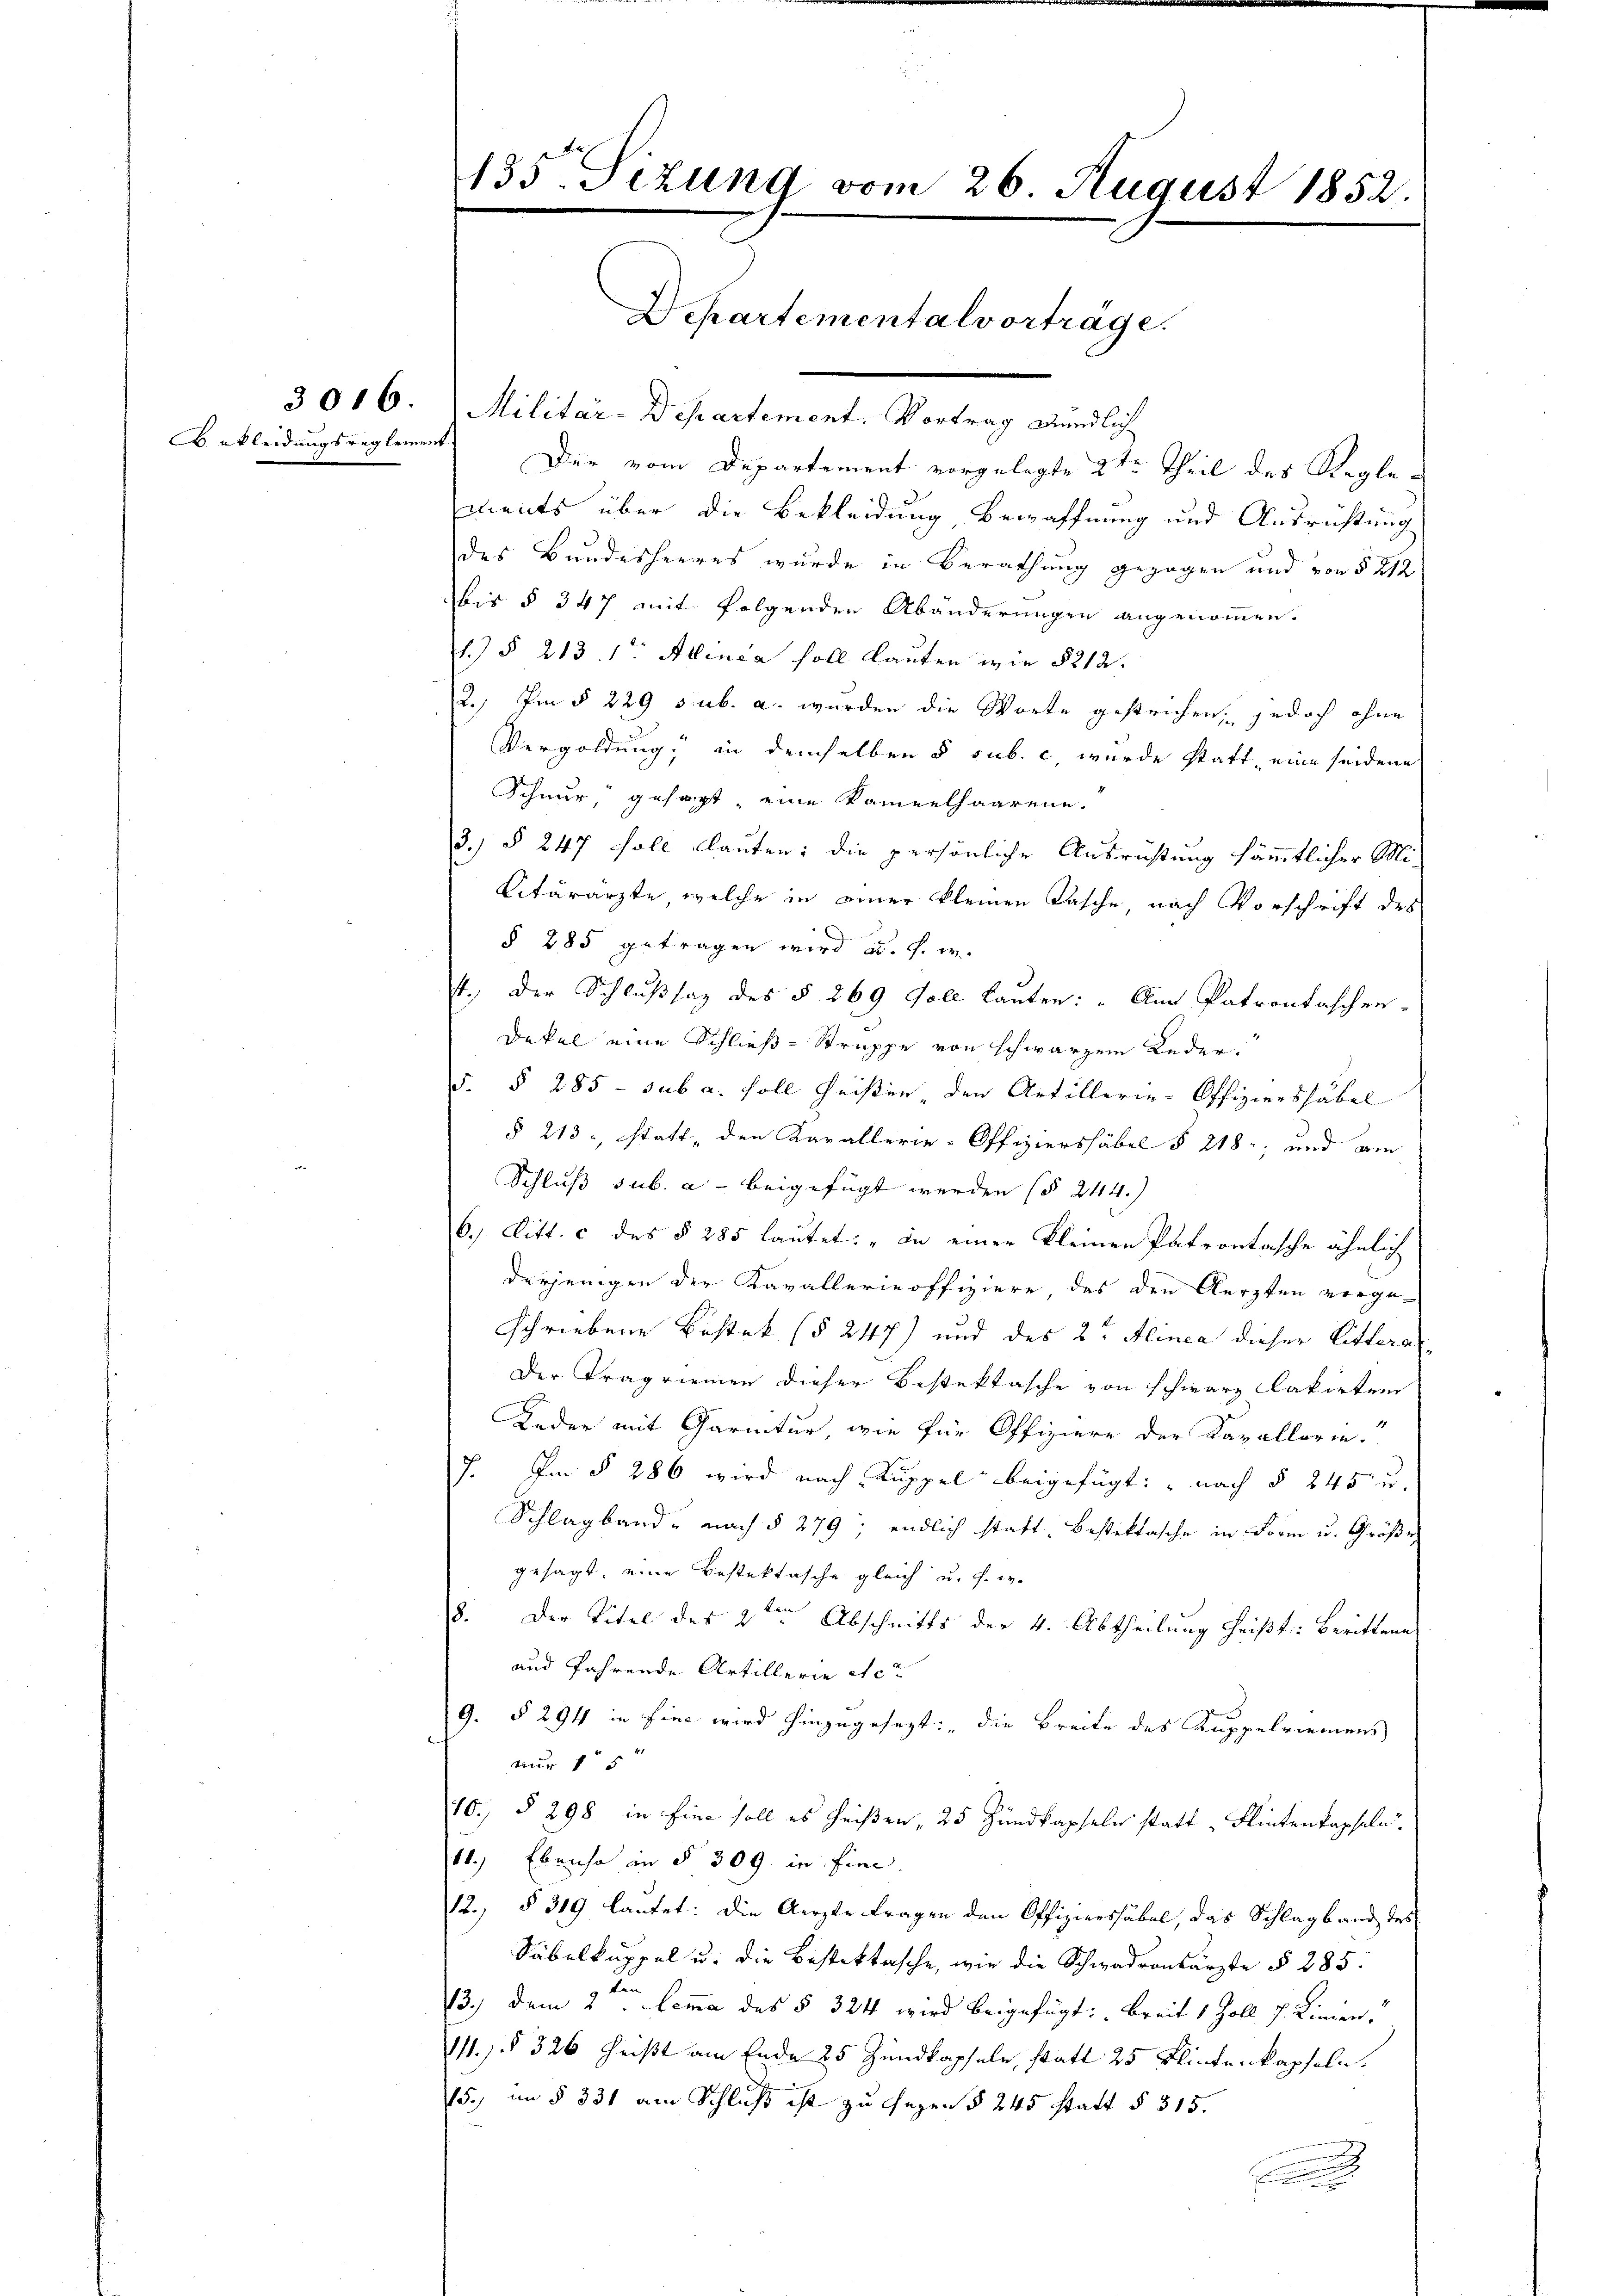
3016.

135. Sizung vom 26. August 1852.
Dchartementalvorträge.

Militär-Departement. Vortrag endlich
Bekleidungsreglement Der vom Departement vorgelegte 2ten Theil des Reglements über die Bekleidung, Bewaffnung und Ausrichtung
des Bundesheeres wurde in Berathung gezogen und von § 212
wir § 347 mit folgenden Abänderungen angenommen.
1) § 213. 1. Allenia soll lauten wie § 212.
2.) Im § 229 sub. a. wurden die Worte gestrichen, jedoch ohne
Vergoldung, in demselben § sub. c, wurde statt, eine seidene
Schnur, gesagt, eine Kammelhaaren.
3. § 247 soll lauten; die persönliche Ausrichtung sämmtlicher Mi¬
Citärarzte, welche in einer kleinen Tasche, nach Vorschrift des
§ 285 getragen wird a. f. w.
4. Der Schlußsaz des § 269 foll lauten: „An Patrontaschen-
Dekel eine Schließ-Struppe von schwarzen Leder¬
5. § 285 - sub a. soll heisten den Artillerie-Offiziershäbel
§ 213, statt, den Kavallerie-Offiziershäbel § 218; und am
Schluß sub. a beigefügt werden (§ 244.
6. Litt. c des § 285 lautet: „in einer kleinen Patrontasche ähnlich
derjenigen der Kavallerieoffiziere, das den Aerzten vorge-
schriebene Bestat (§ 247) und des 2te Alinea dieser Litteral¬
Der Tragriemen dieser Bestektasche von schwarz lakirten
Leder mit Caritur, wie für Offiziere der Kavallarie.
7. Im § 286 wird nach Kuppel beigefügt: „nach § 245 u.
Schlagband - nach § 279; endlich statt bestattasche in Form u. Größe
gesagt, eine Bestektasche gleich u. s. w.
8. Der Titel des 2ten Abschnitts der 4. Abtheilung heißt: berittene
und fahrende Artillerie etc.
9. § 294 in fine wird hinzugesezt: „die Breite des Kuppelriemens
nur 15
10., § 298 in Eine soll es heißen, 25 Hundkapseln statt, Flintenkapseln
11.) Ebenso in § 309 in fine.
12., § 319 lautet: die Aerzte Fragen den Offiziershäbel, das Schlagband des
Säbelküppel u. die Bestektasche, wie die Schwadronsärzte § 285.
13.) dem 2. Lemma des § 324 wird beigefügt: „Breit 1 Zoll J. Linien,
141, § 326 heißt am Ende 25 Zundkapseln, statt 25 Flintenkapfeln.
15., im § 331 am Schluß ist zu legen § 245 statt § 315.